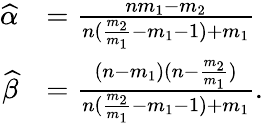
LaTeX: {\begin{array}{rl}{{\widehat{\alpha}}}&{={\frac{nm_{1}-m_{2}}{n({\frac{m_{2}}{m_{1}}}-m_{1}-1)+m_{1}}}}\\ {{\widehat{\beta}}}&{={\frac{(n-m_{1})(n-{\frac{m_{2}}{m_{1}}})}{n({\frac{m_{2}}{m_{1}}}-m_{1}-1)+m_{1}}}.}\end{array}}